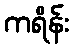
ကရိန်း